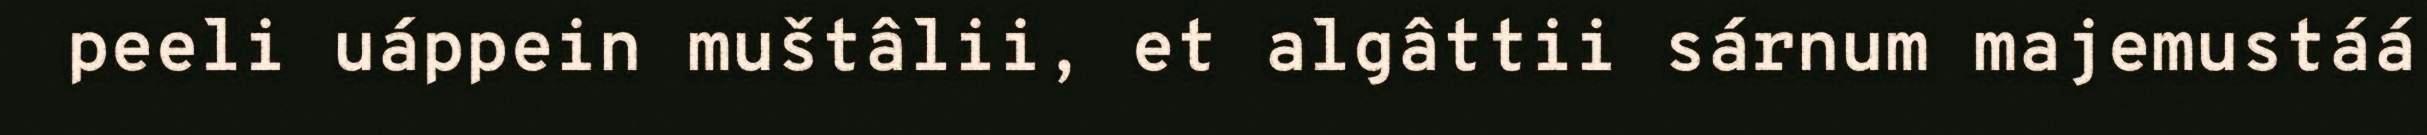
peeli uáppein muštâlii, et algâttii sárnum majemustáá